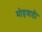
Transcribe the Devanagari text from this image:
मोड़वाडी